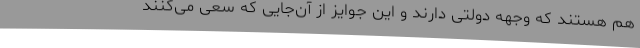
هم هستند که وجهه دولتی دارند و این جوایز از آن‌جایی که سعی می‌کنند